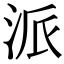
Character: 派